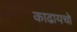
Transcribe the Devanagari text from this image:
काढायचो